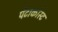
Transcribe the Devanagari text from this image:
पेंटाकोस्ट